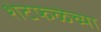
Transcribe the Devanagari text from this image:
शेटफळेच्या